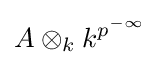
A\otimes _{k}k^{p^{-\infty }}